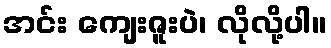
အင်း ကျေးဇူးပဲ၊ လိုလို့ပါ။